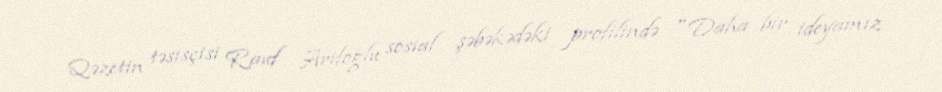
Qəzetin təsisçisi Rauf Arifoğlu sosial şəbəkədəki profilində "Daha bir ideyamız